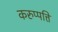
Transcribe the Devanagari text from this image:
करुप्पत्ति